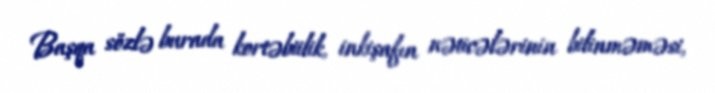
Başqa sözlə burada kortəbiilik, inkişafın nəticələrinin bilinməməsi,